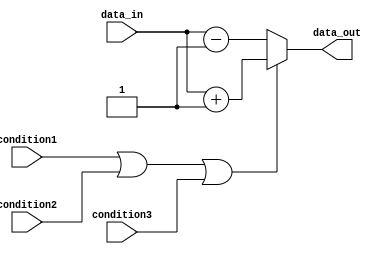
module if_else_block (
    input condition1,
    input condition2,
    input condition3,
    input data_in,
    output reg data_out
);

always @(*) begin
    if (condition1 || condition2 || condition3) begin
        // Execute block of statements when at least one condition is true
        data_out = data_in + 1;
    end
    else begin
        // Execute else block when none of the conditions are true
        data_out = data_in - 1;
    end
end

endmodule